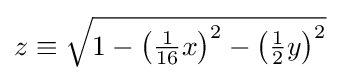
z\equiv {\sqrt {1-\left({\tfrac {1}{16}}x\right)^{2}-\left({\tfrac {1}{2}}y\right)^{2}}}